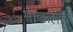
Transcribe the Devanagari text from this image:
माऊलीचे